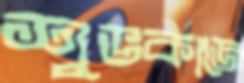
শুভকাজে